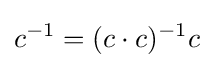
c^{-1}=(c\cdot c)^{-1}c